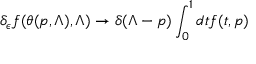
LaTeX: \delta _ { \epsilon } f ( \theta ( p , \Lambda ) , \Lambda ) \rightarrow \delta ( \Lambda - p ) \int _ { 0 } ^ { 1 } d t f ( t , p )